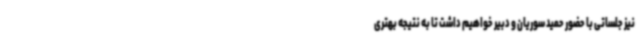
نیز جلساتی با حضور حمید سوریان و دبیر خواهیم داشت تا به نتیجه بهتری